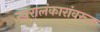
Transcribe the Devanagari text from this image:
स्वरालंकारांवरून